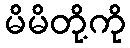
မိမိတို့ကို